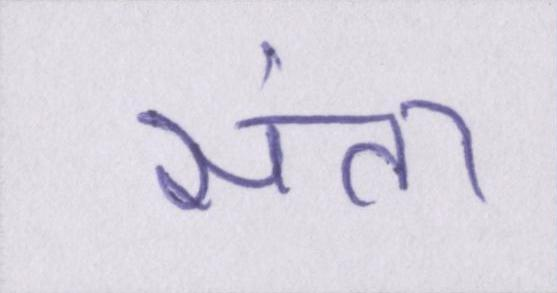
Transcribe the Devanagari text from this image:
संता